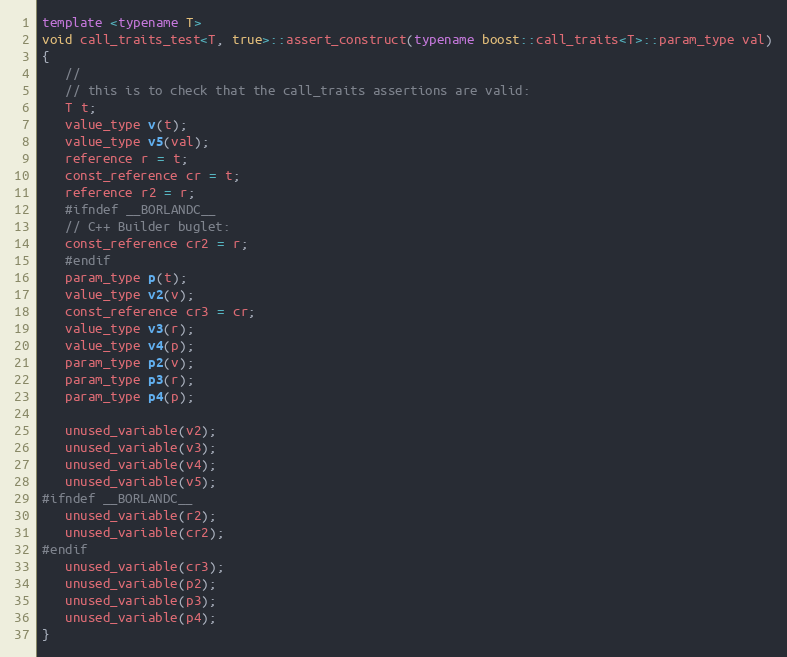
Language: C++
template <typename T>
void call_traits_test<T, true>::assert_construct(typename boost::call_traits<T>::param_type val)
{
   //
   // this is to check that the call_traits assertions are valid:
   T t;
   value_type v(t);
   value_type v5(val);
   reference r = t;
   const_reference cr = t;
   reference r2 = r;
   #ifndef __BORLANDC__
   // C++ Builder buglet:
   const_reference cr2 = r;
   #endif
   param_type p(t);
   value_type v2(v);
   const_reference cr3 = cr;
   value_type v3(r);
   value_type v4(p);
   param_type p2(v);
   param_type p3(r);
   param_type p4(p);

   unused_variable(v2);
   unused_variable(v3);
   unused_variable(v4);
   unused_variable(v5);
#ifndef __BORLANDC__
   unused_variable(r2);
   unused_variable(cr2);
#endif
   unused_variable(cr3);
   unused_variable(p2);
   unused_variable(p3);
   unused_variable(p4);
}